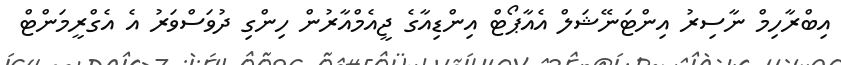
އިބްރާހިމް ނާސިރު އިންޓަނޭޝަލް އެއާޕޯޓް އިންޑިއާގެ ޖީއެމްއާރުން ހިންގި ދުވަސްވަރު އެ އެގްރީމަންޓް